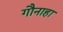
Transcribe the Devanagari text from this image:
गौनाहा